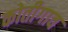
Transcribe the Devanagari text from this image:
कोतीगाव